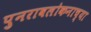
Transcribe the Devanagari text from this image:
पुनरावलोकनाच्या